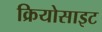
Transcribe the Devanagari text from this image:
क्रियोसाइट